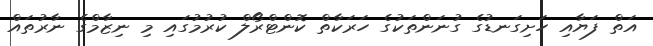
އަތް ފަޔާއި ހަށިގަނޑުގެ ގުނަންތަކުގެ ހަރަކާތް ކޮންޓްރޯލް ކުރުމުގައި މި ނިޒާމްގެ ނާރުތައް